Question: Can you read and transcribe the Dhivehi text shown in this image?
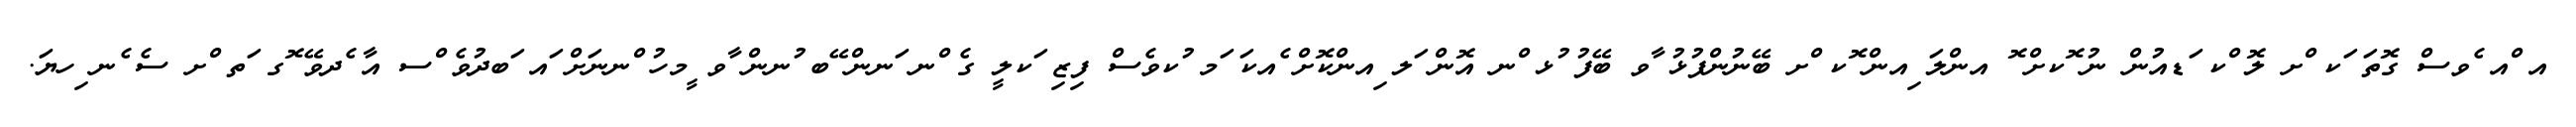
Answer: އ ްއ ެވސް ގޮތަ ަކ ްށ ލޮ ްކ ަޑއުން ނު ޮކށް ޮ އންލަ ިއން ޮކ ްށ ބޭނުންފުޅު ާވ ބޭފު ުޅ ްނ އޮން ަލ ިއންކޮށް ެއކަ ަމ ުކވެސް ފިޒި ަކލީ ގެ ްނ ަނން ޭބ ުނން ާވ ީމހު ްނނަށް ައ ަބދުވެ ްސ އާ ެދވޭ ޮގ ަތ ްށ ސެ ެނ ިހޔަ.